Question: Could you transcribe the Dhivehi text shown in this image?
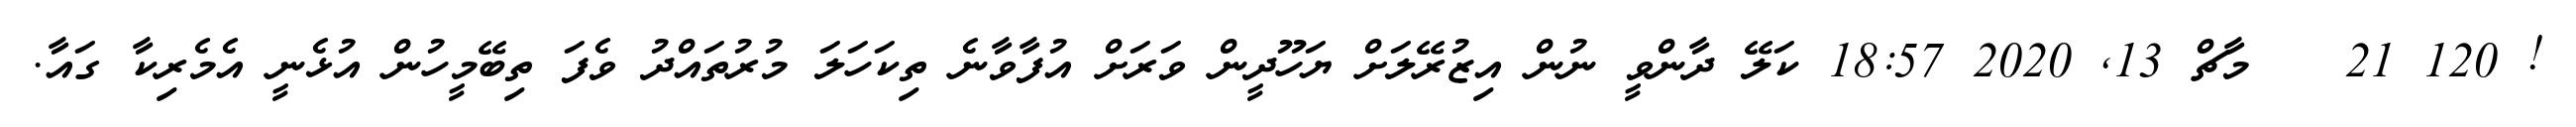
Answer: ! 120 21 ?? މާޗް 13, 2020 18:57 ކަލޭ ދާންވީ ނުން އިޒުރޭލަށް ޔަހޫދީން ވަރަށް އުފާވާނެ ތިކަހަލަ މުރުތައްދު ވެފަ ތިބޭމީހުން އުޅެނީ އެމެރިކާ ގައާ.